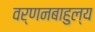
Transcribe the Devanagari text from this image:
वर्णनबाहुल्य